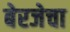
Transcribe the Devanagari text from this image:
बेरजेचा